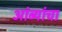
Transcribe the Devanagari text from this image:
आंब्यांचा